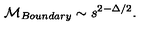
{ \cal M } _ { B o u n d a r y } \sim s ^ { 2 - \Delta / 2 } .